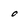
Character: 0